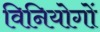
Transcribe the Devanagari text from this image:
विनियोगों